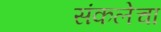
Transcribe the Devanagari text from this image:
संकलेचा